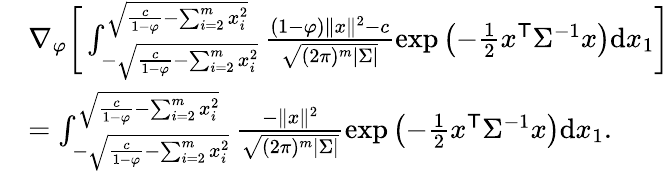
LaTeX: \begin{array}{rl}&{\nabla_{\varphi}\bigg[\int_{-\sqrt{\frac{c}{1-\varphi}-\sum_{i=2}^{m}x_{i}^{2}}}^{\sqrt{\frac{c}{1-\varphi}-\sum_{i=2}^{m}x_{i}^{2}}}\frac{(1-\varphi)\| x\| ^{2}-c}{\sqrt{(2\pi)^{m}|{\Sigma}|}}\exp\left(-\frac{1}{2}{x}^{\mathsf{T}}{\Sigma}^{-1}{x}\right)\mathrm{d}{x}_{1}\bigg]}\\ &{=\int_{-\sqrt{\frac{c}{1-\varphi}-\sum_{i=2}^{m}x_{i}^{2}}}^{\sqrt{\frac{c}{1-\varphi}-\sum_{i=2}^{m}x_{i}^{2}}}\frac{-\| x\| ^{2}}{\sqrt{(2\pi)^{m}|{\Sigma}|}}\exp\left(-\frac{1}{2}{x}^{\mathsf{T}}{\Sigma}^{-1}{x}\right)\mathrm{d}{x}_{1}.}\end{array}